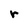
Character: r